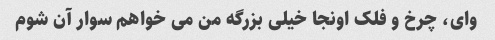
وای، چرخ و فلک اونجا خیلی بزرگه من می خواهم سوار آن شوم